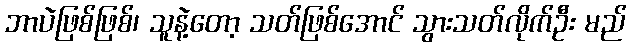
ဘာပဲဖြစ်ဖြစ်၊ သူနဲ့တော့ သတ်ဖြစ်အောင် သွားသတ်လိုက်ဦး မည်